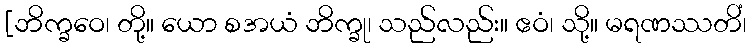
[ဘိက္ခဝေ၊ တို့။ ယော စအယံ ဘိက္ခု၊ သည်လည်း။ ဧဝံ၊ သို့။ မရဏဿတိံ၊